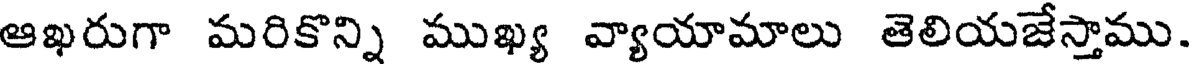
ఆఖరుగా మరికొన్ని ముఖ్య వ్యాయామాలు తెలియజేస్తాము.